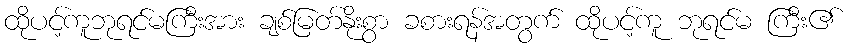
ထိုပင့်ကူဘုရင်မကြီးအား ချစ်မြတ်နိုးစွာ ခစားရန်အတွက် ထိုပင့်ကူ ဘုရင်မ ကြီး၏